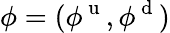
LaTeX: \phi=(\phi^{\mathrm{~u~}},\phi^{\mathrm{~d~}})